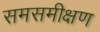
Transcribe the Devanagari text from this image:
समसमीक्षण